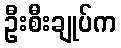
ဦးစီးချုပ်က